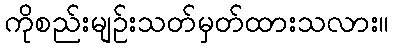
ကိုစည်းမျဉ်းသတ်မှတ်ထားသလား။